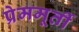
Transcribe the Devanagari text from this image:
प्रेममूर्ती